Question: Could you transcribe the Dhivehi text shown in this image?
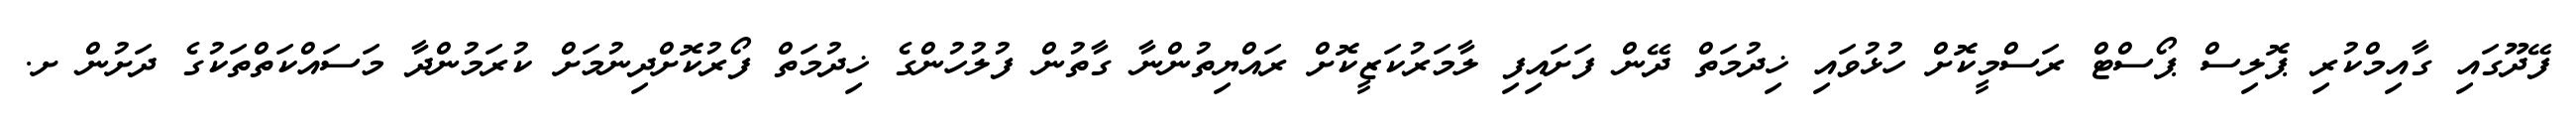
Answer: ފޭދޫގައި ގާއިމްކުރި ޕޮލިސް ޕޯސްޓް ރަސްމީކޮށް ހުޅުވައި ޚިދުމަތް ދޭން ފަށައިފި ލާމަރުކަޒީކޮށް ރައްޔިތުންނާ ގާތުން ފުލުހުންގެ ޚިދުމަތް ފޯރުކޮށްދިނުމަށް ކުރަމުންދާ މަސައްކަތްތަކުގެ ދަށުން ށ.